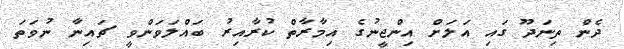
ދެން ތިނަދޫ ގައި އަލަށް އިންޖީނުގެ އިމާރާތް ކުރާއިރު ބައްލަވަންވީ ޗައިނާ ނުވަތަ